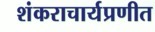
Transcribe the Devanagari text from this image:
शंकराचार्यप्रणीत